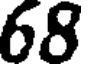
68